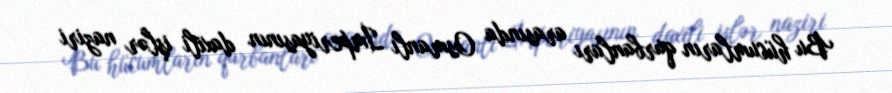
Bu hücumların qurbanları arasında Osmanlı İmperiyasının daxili işlər naziri